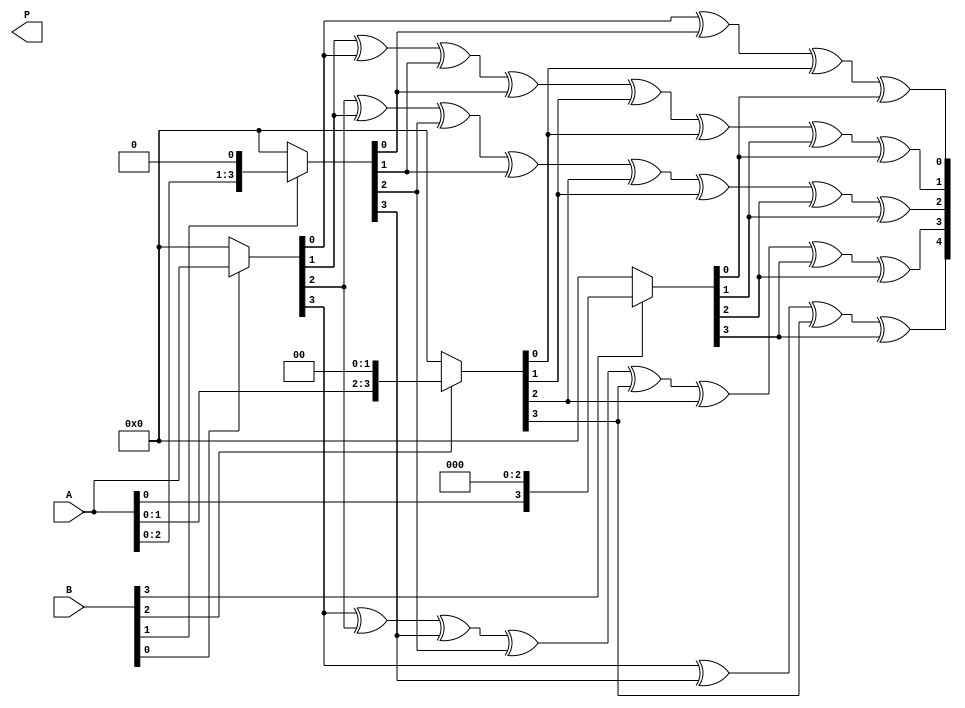
module array_multiplier #(parameter m = 4, n = 4) (
    input [m-1:0] A,
    input [n-1:0] B,
    output reg [m+n-1:0] P
);

    // Intermediate partial products
    reg [m-1:0] partial_products[n-1:0];

    integer i, j;

    // Generate partial products
    always @(*) begin
        // Initialize the product to zero
        P = 0;

        // Generate partial products
        for (i = 0; i < n; i = i + 1) begin
            if (B[i]) begin
                partial_products[i] = A << i; // Shift A left by i if B[i] is 1
            end else begin
                partial_products[i] = 0; // Otherwise, set to 0
            end
        end

        // Sum the partial products
        for (j = 0; j < m + n; j = j + 1) begin
            for (i = 0; i < n; i = i + 1) begin
                if (j < m) begin
                    P[j] = P[j] ^ partial_products[i][j]; // XOR for sum
                end
                if (j > 0 && j < m + n) begin
                    P[j] = P[j] ^ (partial_products[i][j-1] & (1'b1)); // Carry propagation
                end
            end
        end
    end

endmodule